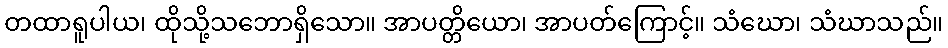
တထာရူပါယ၊ ထိုသို့သဘောရှိသော။ အာပတ္တိယော၊ အာပတ်ကြောင့်။ သံဃော၊ သံဃာသည်။